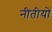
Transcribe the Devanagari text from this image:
नीतीयों